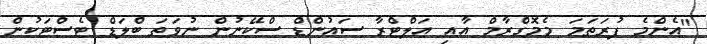
"އެންމެ ފުރަތަމަ މެމޮގްރާމް އާއި އަލްޓްރާ ސަައުންޑް ސްކޭނުން ނުވަތަ ބްލަޑް ޓެސްޓަކުން